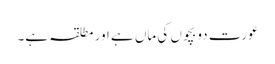
عورت دو بچوں کی ماں ہے اور مطلقہ ہے۔